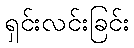
ရှင်းလင်းခြင်း